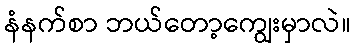
နံနက်စာ ဘယ်တော့ကျွေးမှာလဲ။